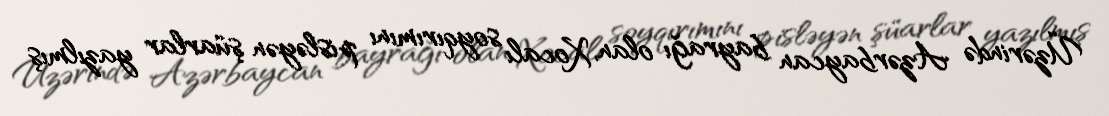
Üzərində Azərbaycan bayrağı olan, Xocalı soyqırımını pisləyən şüarlar yazılmış